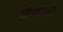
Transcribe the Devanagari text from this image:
त्रिपताकी